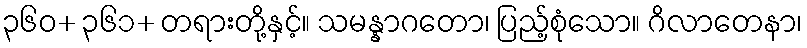
၃၆၀+ ၃၆၁+ တရားတို့နှင့်။ သမန္နာဂတော၊ ပြည့်စုံသော။ ဂိလာတေနာ၊